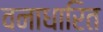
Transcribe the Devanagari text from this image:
वनाधारित